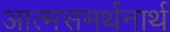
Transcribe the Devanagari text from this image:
आत्मसमर्थनार्थ